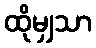
ထိုမျှသာ